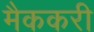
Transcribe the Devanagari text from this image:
मैककरी